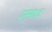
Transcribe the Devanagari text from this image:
एम४६